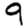
Digit: 9